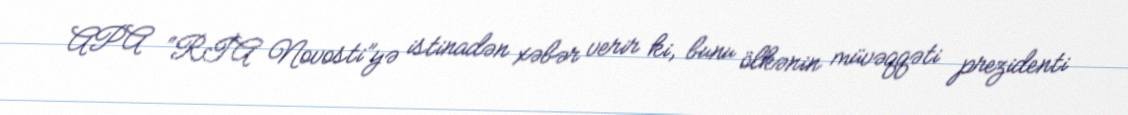
APA “RİA Novosti”yə istinadən xəbər verir ki, bunu ölkənin müvəqqəti prezidenti